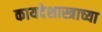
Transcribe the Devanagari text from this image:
कायदेशास्त्राच्या